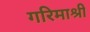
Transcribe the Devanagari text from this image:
गरिमाश्री